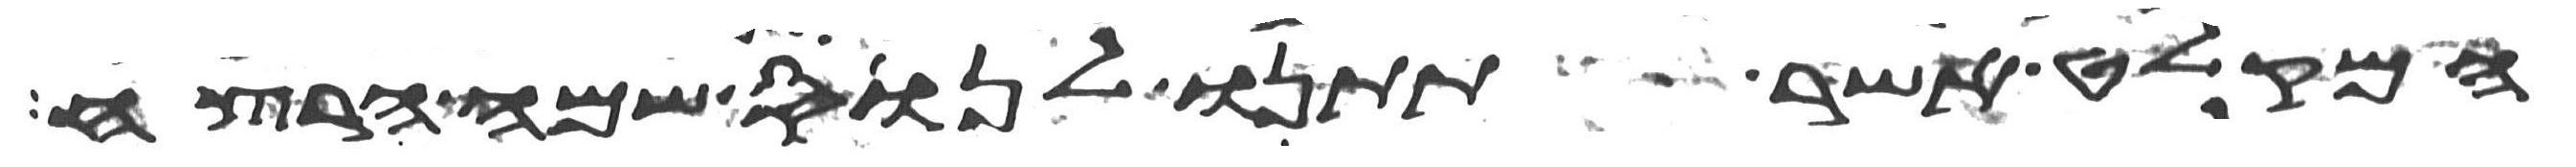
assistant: המקלט אשר תתנו לנוס שם הרצח